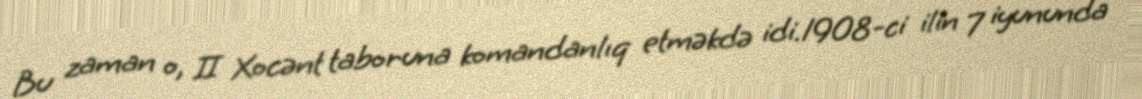
Bu zaman o, II Xocənt taboruna komandanlıq etməkdə idi.1908-ci ilin 7 iyununda